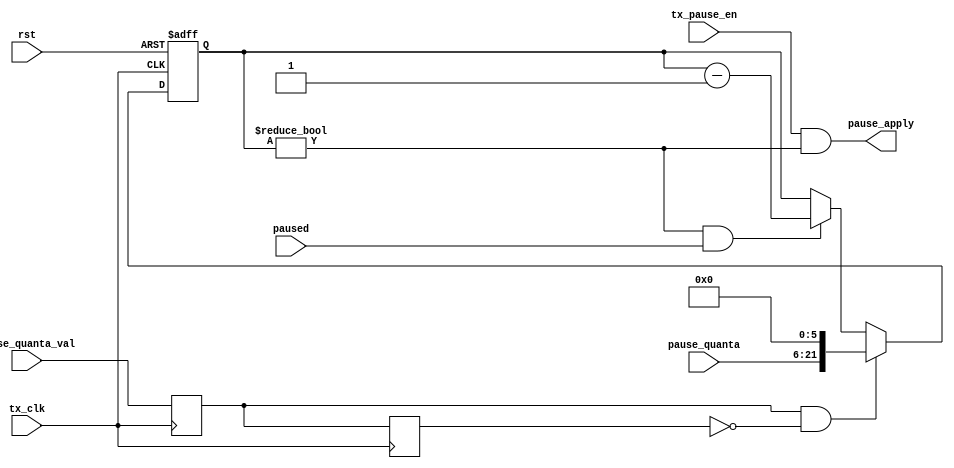
//
// Copyright 2011 Ettus Research LLC
//
// This program is free software: you can redistribute it and/or modify
// it under the terms of the GNU General Public License as published by
// the Free Software Foundation, either version 3 of the License, or
// (at your option) any later version.
//
// This program is distributed in the hope that it will be useful,
// but WITHOUT ANY WARRANTY; without even the implied warranty of
// MERCHANTABILITY or FITNESS FOR A PARTICULAR PURPOSE.  See the
// GNU General Public License for more details.
//
// You should have received a copy of the GNU General Public License
// along with this program.  If not, see <http://www.gnu.org/licenses/>.
//


// TX side of flow control -- when other side sends PAUSE, we wait

module flow_ctrl_tx
  (input        rst,
   input        tx_clk,
   //host processor
   input        tx_pause_en,
   // From MAC_rx_ctrl
   input [15:0] pause_quanta,
   input        pause_quanta_val,
   // MAC_tx_ctrl
   output       pause_apply,
   input        paused);
     
   // ******************************************************************************        
   // Inhibit our TX from transmitting because they sent us a PAUSE frame
   // ******************************************************************************

   // Pauses are in units of 512 bit times, or 64 bytes/clock cycles, and can be
   //   as big as 16 bits, so 22 bits are needed for the counter
   
   reg [15+6:0] pause_quanta_counter;
   reg 		pqval_d1, pqval_d2;		

   always @(posedge tx_clk) pqval_d1 <= pause_quanta_val;
   always @(posedge tx_clk) pqval_d2 <= pqval_d1;

   always @ (posedge tx_clk or posedge rst)
     if (rst)
       pause_quanta_counter <= 0;
     else if (pqval_d1 & ~pqval_d2)
       pause_quanta_counter <= {pause_quanta, 6'b0}; 
     else if((pause_quanta_counter!=0) & paused)
       pause_quanta_counter <= pause_quanta_counter - 1;

   assign	pause_apply = tx_pause_en & (pause_quanta_counter != 0);
   
endmodule // flow_ctrl